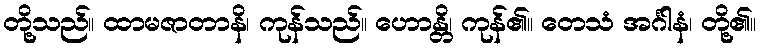
တို့သည်။ ထာမဇာတာနိ၊ ကုန်သည်။ ဟောန္တိ၊ ကုန်၏။ တေသံ အင်္ဂါနံ၊ တို့၏။